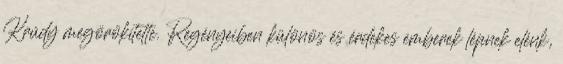
Krúdy megörökítette. Regényeiben különös és érdekes emberek lépnek elénk,